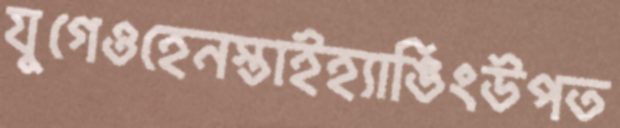
যুগেওহেনস্তাইহ্যাঙিংউপত